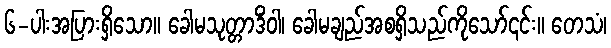
၆-ပါးအပြားရှိသော။ ခေါမသုတ္တာဒိံဝါ၊ ခေါမချည်အစရှိသည်ကိုသော်၎င်း။ တေသံ၊